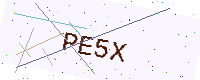
Text: PE5X